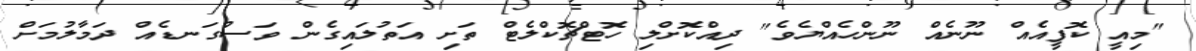
"މިއީ ކޮފީއެއް ނޫނެއް ނޫންހެއްޔެވެ" ދިއްކޮށްލި ހޮޓްޗޮކްލެޓް ތަށި އަތުލައިގެން ވަސްގަނޑެއް ދަމާލުމަށް